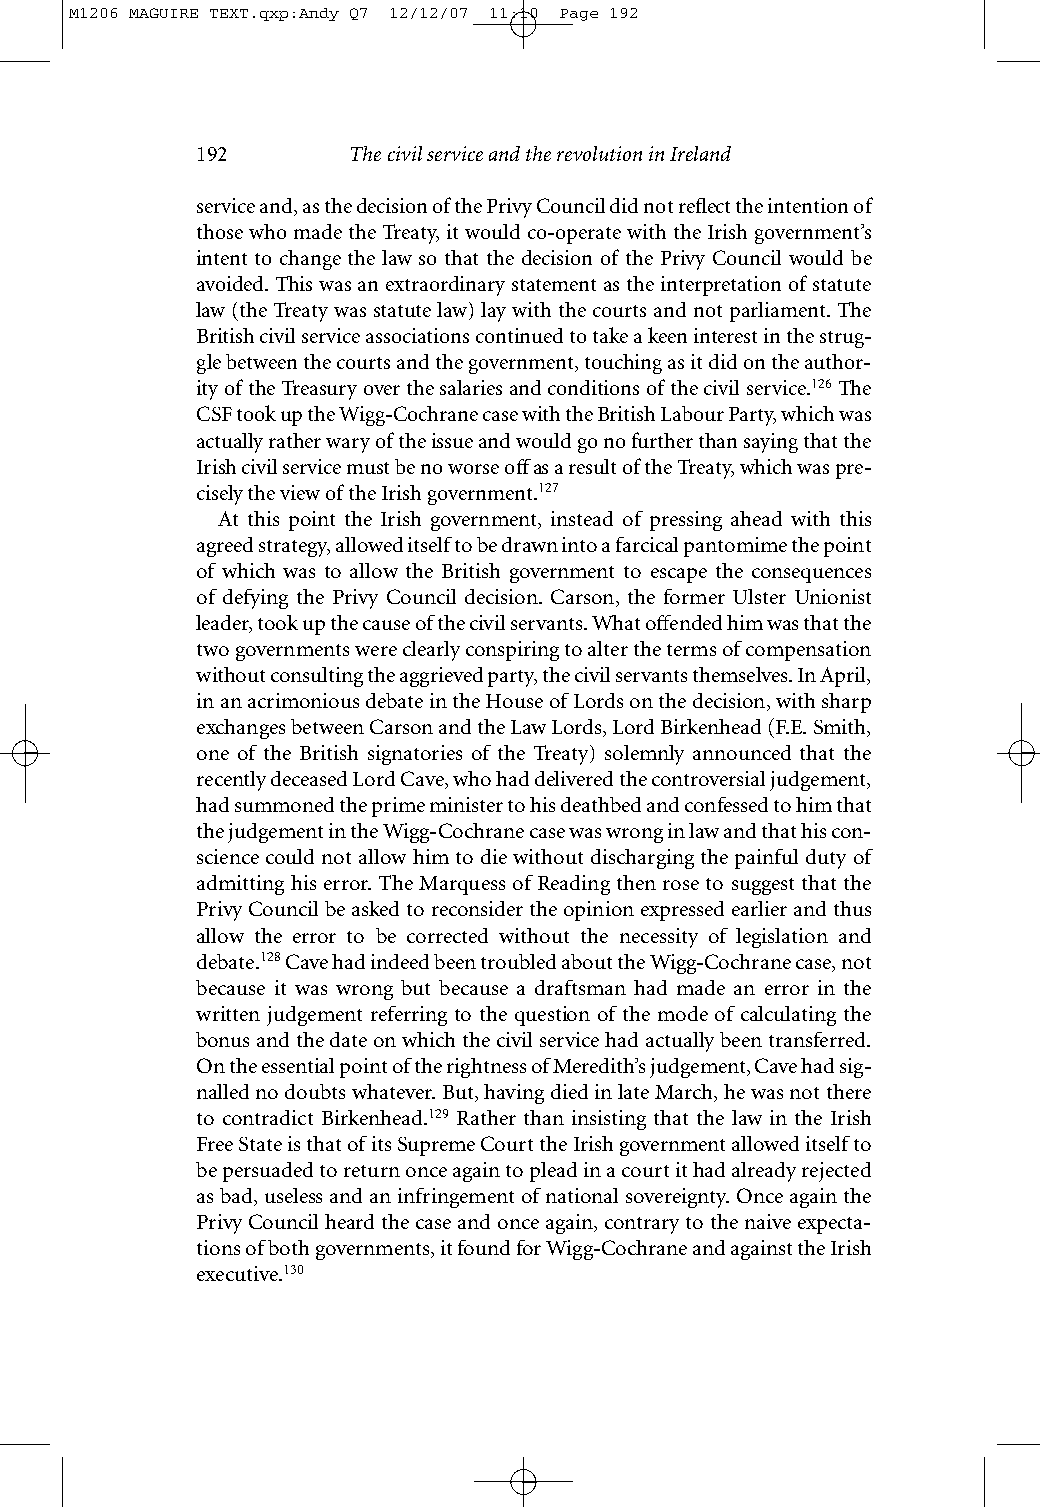
M1206 MAGUIRE TEXT.qxp:Andy Q7 12/12/07 11:10 Page 192
 192       The civil service and the revolution in Ireland
 service and, as the decision of the Privy Council did not reflect the intention of
 those who made the Treaty, it would co-operate with the Irish government’s
 intent to change the law so that the decision of the Privy Council would be
 avoided. This was an extraordinary statement as the interpretation of statute
 law (the Treaty was statute law) lay with the courts and not parliament. The
 British civil service associations continued to take a keen interest in the strug-
 gle between the courts and the government, touching as it did on the author-
 ity of the Treasury over the salaries and conditions of the civil service.126The
 CSF took up the Wigg-Cochrane case with the British Labour Party, which was
 actually rather wary of the issue and would go no further than saying that the
 Irish civil service must be no worse offas a result of the Treaty, which was pre-
 cisely the view of the Irish government.127
 At this point the Irish government, instead of pressing ahead with this
 agreed strategy, allowed itself to be drawn into a farcical pantomime the point
 of which was to allow the British government to escape the consequences
 of defying the Privy Council decision. Carson, the former Ulster Unionist
 leader, took up the cause of the civil servants. What offended him was that the
 two governments were clearly conspiring to alter the terms of compensation
 without consulting the aggrieved party, the civil servants themselves. In April,
 in an acrimonious debate in the House of Lords on the decision, with sharp
 exchanges between Carson and the Law Lords, Lord Birkenhead (F.E. Smith,
 one of the British signatories of the Treaty) solemnly announced that the
 recently deceased Lord Cave, who had delivered the controversial judgement,
 had summoned the prime minister to his deathbed and confessed to him that
 the judgement in the Wigg-Cochrane case was wrong in law and that his con-
 science could not allow him to die without discharging the painful duty of
 admitting his error. The Marquess of Reading then rose to suggest that the
 Privy Council be asked to reconsider the opinion expressed earlier and thus
 allow the error to be corrected without the necessity of legislation and
 debate.128Cave had indeed been troubled about the Wigg-Cochrane case, not
 because it was wrong but because a draftsman had made an error in the
 written judgement referring to the question of the mode of calculating the
 bonus and the date on which the civil service had actually been transferred.
 On the essential point of the rightness of Meredith’s judgement, Cave had sig-
 nalled no doubts whatever. But, having died in late March, he was not there
 to contradict Birkenhead.129 Rather than insisting that the law in the Irish
 Free State is that of its Supreme Court the Irish government allowed itself to
 be persuaded to return once again to plead in a court it had already rejected
 as bad, useless and an infringement of national sovereignty. Once again the
 Privy Council heard the case and once again, contrary to the naive expecta-
 tions of both governments, it found for Wigg-Cochrane and against the Irish
 executive.130